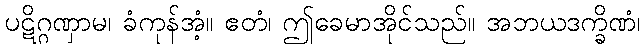
ပဋိဂ္ဂဏှာမ၊ ခံကုန်အံ့။ ဧတံ၊ ဤခေမာအိုင်သည်။ အဘယဒက္ခိဏံ၊